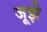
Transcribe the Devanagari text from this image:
जूझे